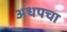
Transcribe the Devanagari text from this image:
अधपचा